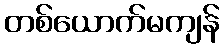
တစ်ယောက်မကျန်